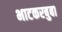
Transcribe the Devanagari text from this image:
भाटकरबुबा